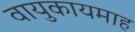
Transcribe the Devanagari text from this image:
वायुकायमाह